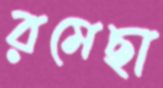
রমেছা